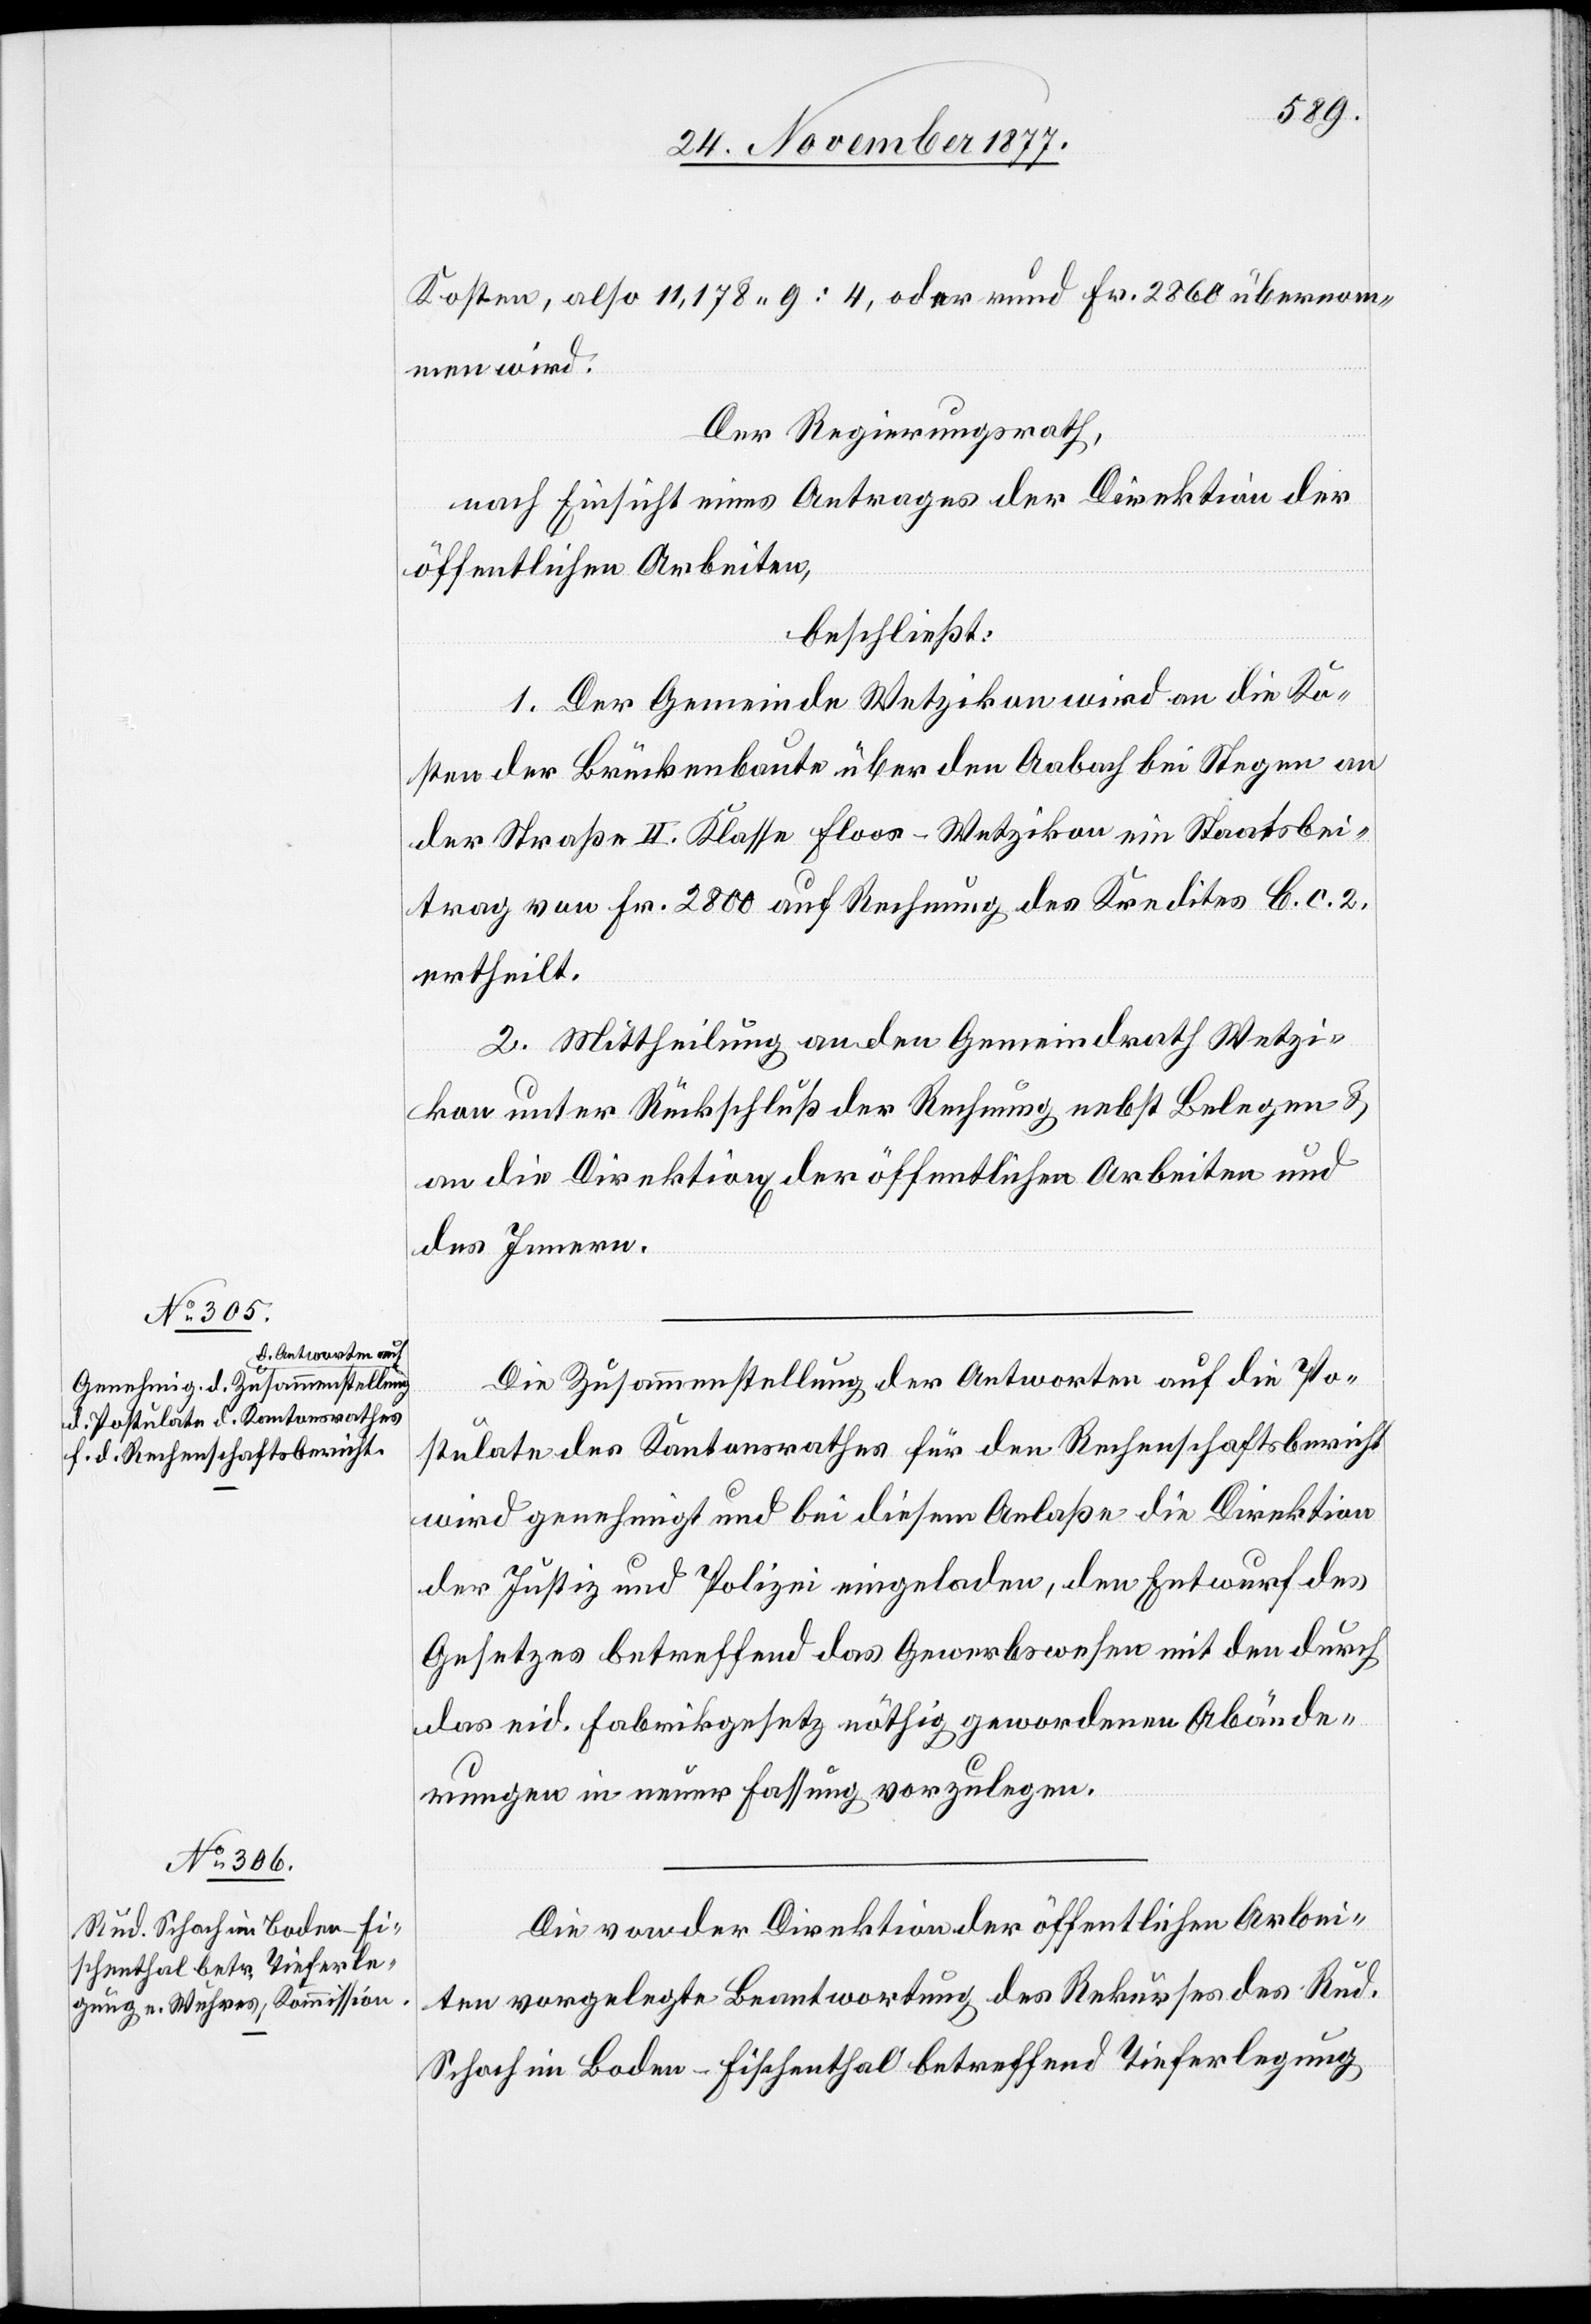
Kosten, also 11,178 9 : 4, oder rund Fr. 2860 übernom¬
men wird.
Der Regierungsrath,
nach Einsicht eines Antrages der Direktion der
öffentlichen Arbeiten,
beschließt:
1. Der Gemeinde Wetzikon wird an die Ko¬
sten der Brückenbaute über den Aabach bei Stegen an
der Straße II. Klasse Floos–Wetzikon ein Staatsbei¬
trag von Fr. 2800 auf Rechnung des Kredites C. c. 2.
ertheilt.
2. Mittheilung an den Gemeindrath Wetzi¬
kon unter Rückschluß der Rechnung nebst Belegen &
an die Direktion[en] der öffentlichen Arbeiten und
des Innern.
Die Zusammenstellung der Antworten auf die Po¬
stulate des Kantonsrathes für den Rechenschaftsbericht
wird genehmigt und bei diesem Anlaße die Direktion
der Justiz und Polizei eingeladen, den Entwurf des
Gesetzes betreffend das Gewerbswesen mit den durch
das eid. Fabrikgesetz nöthig gewordenen Abände¬
rungen in neuer Fassung vorzulegen.
Die von der Direktion der öffentlichen Arbei¬
ten vorgelegte Beantwortung des Rekurses des Rud.
Schoch im Boden - Fischenthal betreffend Tieferlegung